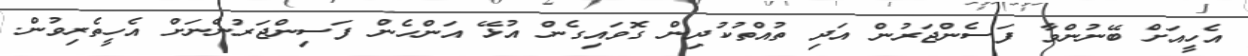
އެހީއަށް ބޭނުންވާ ފަސެންޖަރުން އަދި ތުއްތުކުދިން ގޮވައިގެން އުޅޭ އަންހެން ފަސިންޖަރުންނަށް އެހީތެރިވުން.